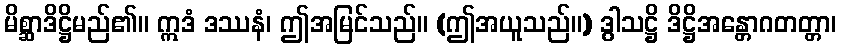
မိစ္ဆာဒိဋ္ဌိမည်၏။ ဣဒံ ဒဿနံ၊ ဤအမြင်သည်။ (ဤအယူသည်။) ဒွါသဋ္ဌိ ဒိဋ္ဌိအန္တောဂတတ္တာ၊